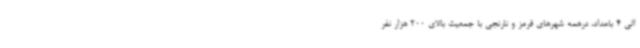
الی 4 بامداد، درهمه شهرهای قرمز و نارنجی با جمعیت بالای 200 هزار نفر